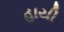
હાયી